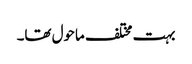
بہت مختلف ماحول تھا۔